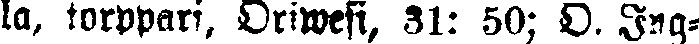
la, torppari, Oriwesi, 31: 50; O. Ing-